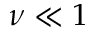
\nu \ll 1